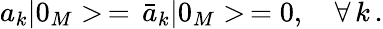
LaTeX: a_{k}|0_{M}>\, =\, \bar{a}_{k}|0_{M}>\, =0,\quad\forall\, k\, {.}